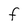
Character: F